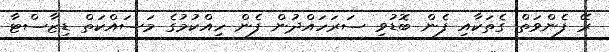
ރޭ ފެންވަތް ގެތަކާއި ފެން ބޮޑުވި ސަރަހައްދުން ފެން ހިއްކުމުގެ މަސައްކަތް ޑިޒާސްޓާ